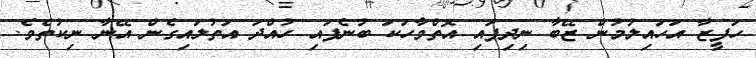
ހަފީޒާ އަހައިލުމުން ޒޭބާ ނިދިފައި އޮތްވާހަކަ ބުނެފައި ހުއްދަ އަތުލައިގެން އޭނާ ނިކުތެވެ.